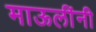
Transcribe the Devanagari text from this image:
माऊलींनी